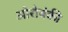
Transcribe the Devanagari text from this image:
ओरोबंकी